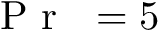
\mathrm { ~ \textit ~ { ~ P ~ r ~ } ~ } = 5